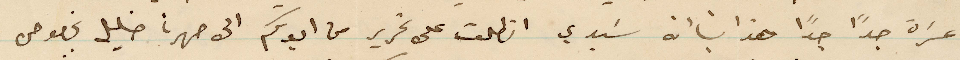
عسرة جدًا جدًا هذا بانه سيدي انطلعت على تحرير من ابوكم الى صهرنا خليل بخصوص